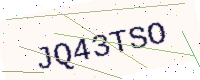
Text: JQ43TSO